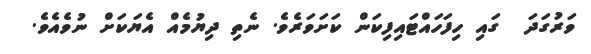
ވަރުގަދަ  ގައި ހިފަހައްޓައިފިކަން ކަށަވަރެވެ. ނެތި ދިޔުމެއް އެޔަކަށް ނުވެއެވެ.